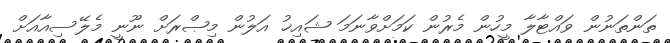
ތަންތަނުން ވައްޓާލާ މީހުން މެރުން ކަމަށްވާނަމަ ޝައިޚު އަލުން މިޞްރަށް ނޫނީ މެލޭސިއާއަށް